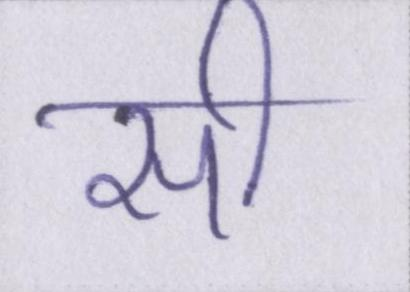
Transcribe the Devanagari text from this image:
सी